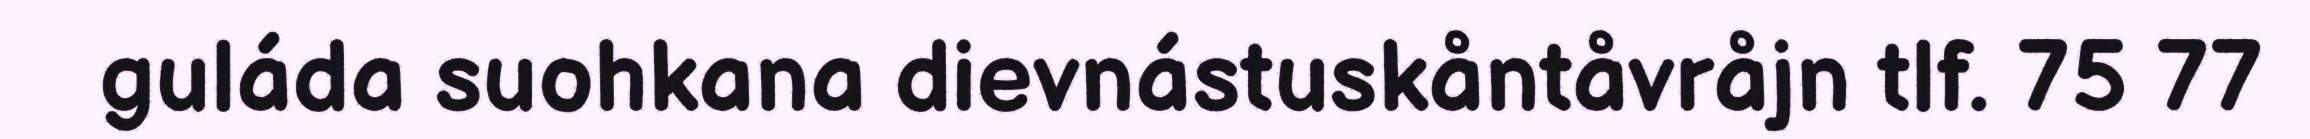
guláda suohkana dievnástuskåntåvråjn tlf. 75 77